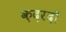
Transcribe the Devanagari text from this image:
क़दरदाॅ